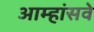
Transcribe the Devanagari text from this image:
आम्हांसवे